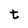
Character: t